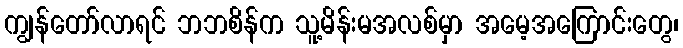
ကျွန်တော်လာရင် ဘဘစိန်က သူ့မိန်းမအလစ်မှာ အမေ့အကြောင်းတွေ၊